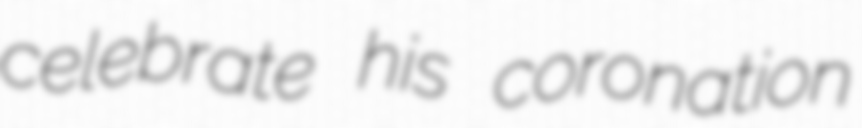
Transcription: celebrate his coronation